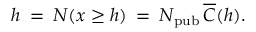
h \: = \: N ( x \ge h ) \: = \: N _ { \mathrm { p u b } } \, \overline { { C } } ( h ) .